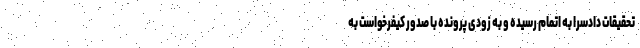
تحقیقات دادسرا به اتمام رسیده و به زودی پرونده با صدور کیفرخواست به